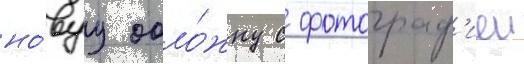
но́вуу обло́жку с фотограф'иеи